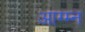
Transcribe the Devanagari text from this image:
आग्म्न